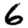
Digit: 6